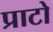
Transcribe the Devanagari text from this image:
प्राटो